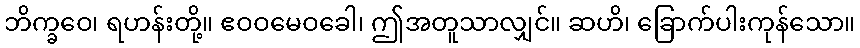
ဘိက္ခဝေ၊ ရဟန်းတို့။ ဧဝဝမေဝခေါ၊ ဤအတူသာလျှင်။ ဆဟိ၊ ခြောက်ပါးကုန်သော။